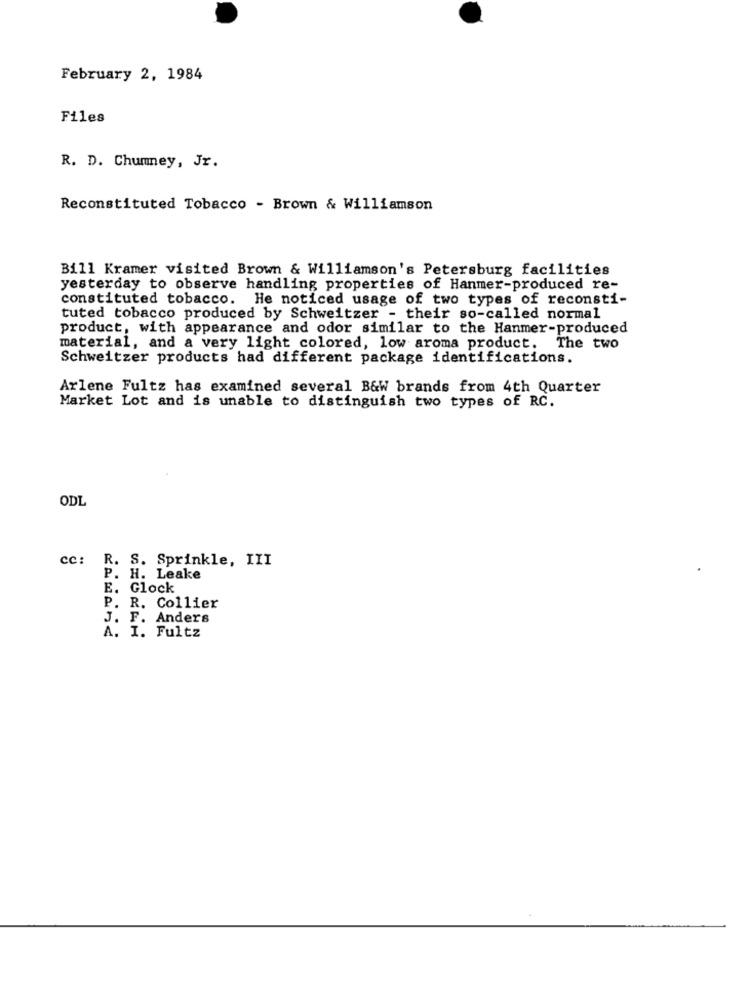
February 2, 1984
Files
R. D. Chumney, Jr.
Reconstituted Tobacco - Brown & Williamson
Bill Kramer visited Brown & Williamson's Petersburg facilities
yesterday to observe handling properties of Hanmer-produced re-
constituted tobacco. He noticed usage of two types of reconsti-
tuted tobacco produced by Schweitzer - their so-called normal
product, with appearance and odor similar to the Hanmer-produced
material, and a very light colored, low aroma product. The two
Schweitzer products had different package identifications.
Arlene Fultz has examined several B&W brands from 4th Quarter
Market Lot and is unable to distinguish two types of RC.
ODL
cc: R. S. Sprinkle, III
P. H. Leake
E. Glock
P. R. Collier
J. F. Anders
A. I. Fultz